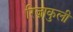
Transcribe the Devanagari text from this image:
रिज़ाकुली